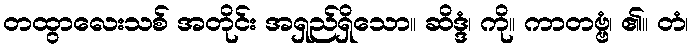
တထွာလေးသစ် အတိုင်း အရှည်ရှိသော။ ဆိဒ္ဒံ၊ ကို။ ကာတဗ္ဗံ၊ ၏။ တံ၊